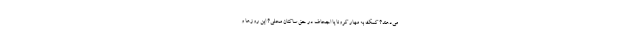
می‌دهند؟ کمک به مهار کرونا یا اجحاف در حق ساکنان محلی؟ این روزها و